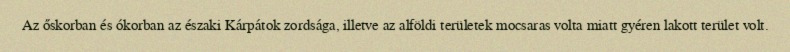
Az őskorban és ókorban az északi Kárpátok zordsága, illetve az alföldi területek mocsaras volta miatt gyéren lakott terület volt.